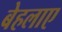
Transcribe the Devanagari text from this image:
बेहलाए